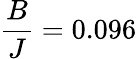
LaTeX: \frac{B}{J}=0.096